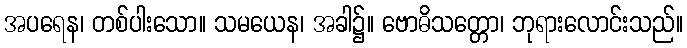
အပရေန၊ တစ်ပါးသော။ သမယေန၊ အခါ၌။ ဗောဓိသတ္တော၊ ဘုရားလောင်းသည်။